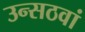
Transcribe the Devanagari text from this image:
उन्सठवां